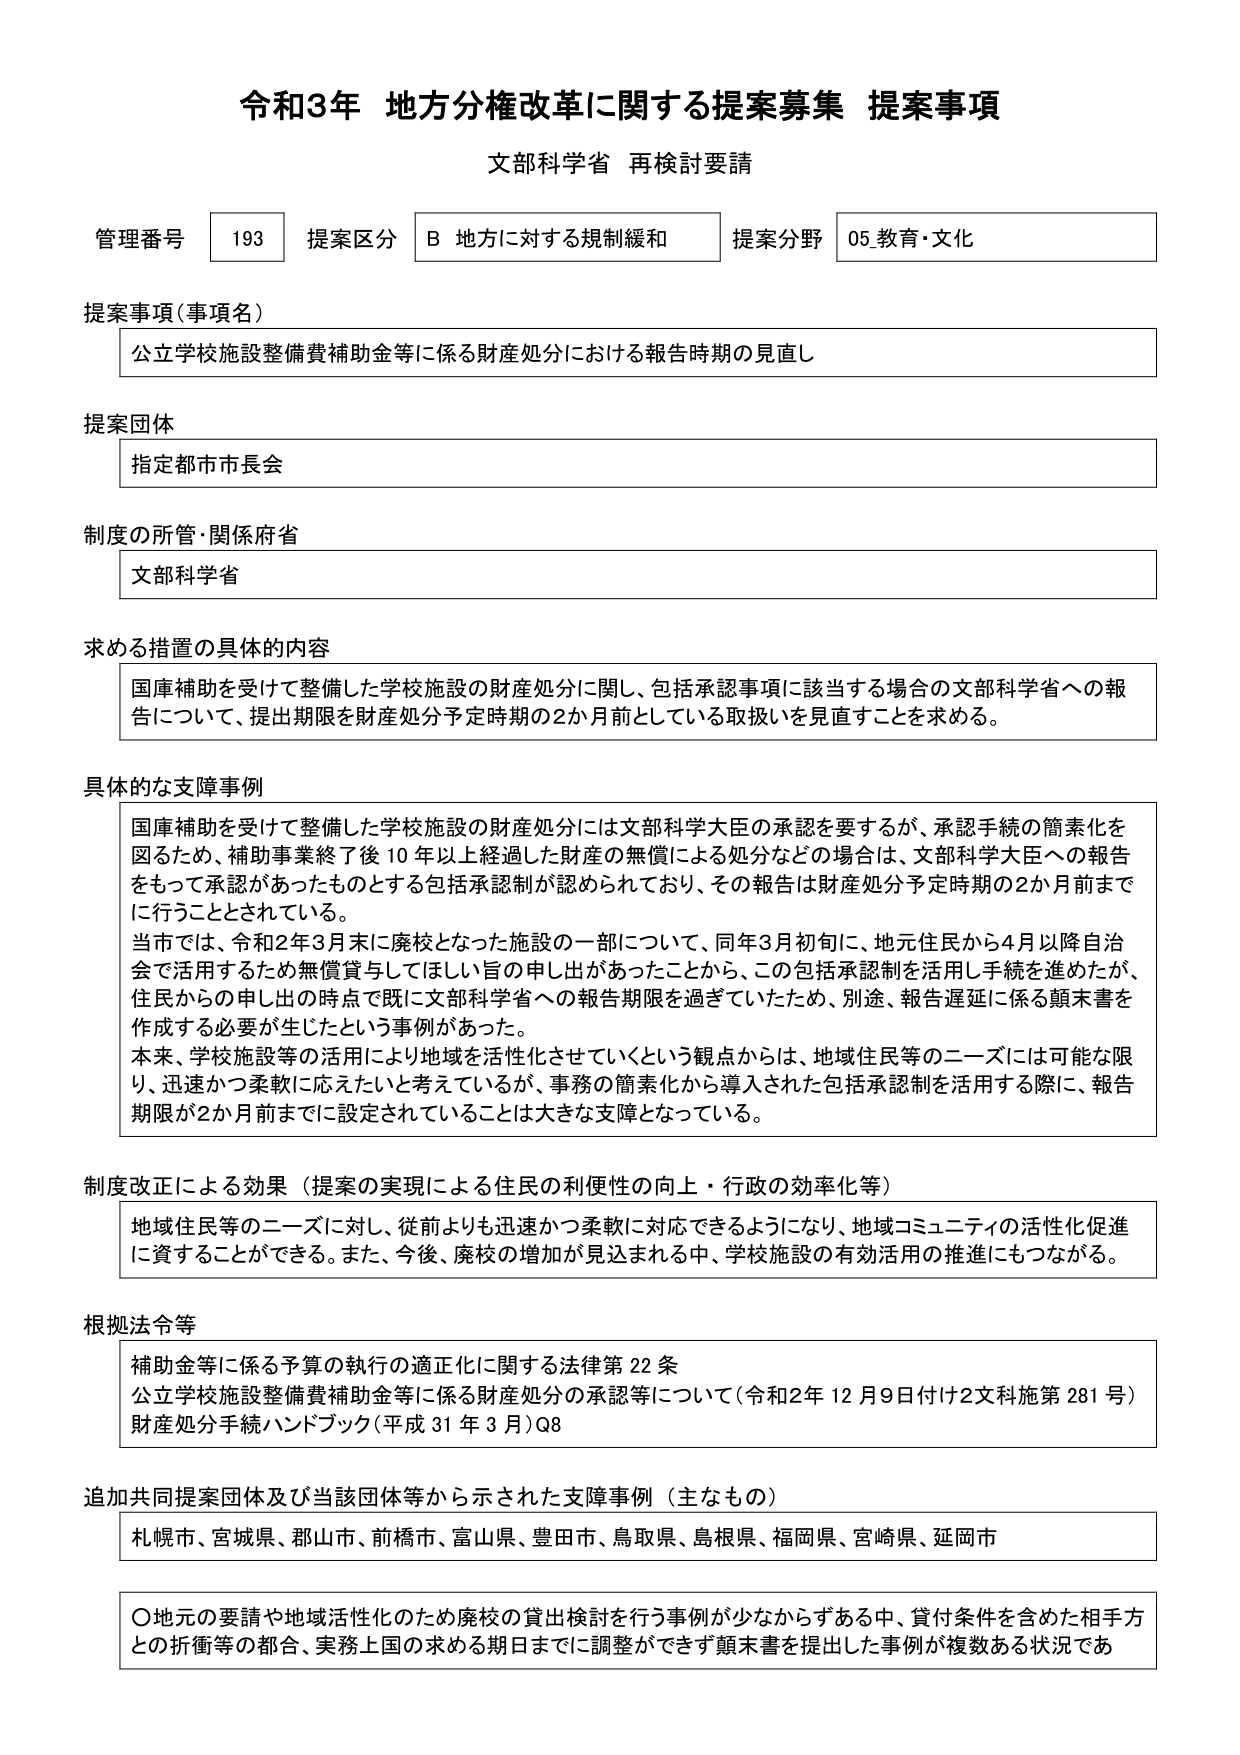
令和3年 地方分権改革に関する提案募集 提案事項
文部科学省 再検討要請

管理番号 193 提案区分 B 地方に対する規制緩和 提案分野 05.教育・文化

提案事項（事項名）
公立学校施設整備費補助金等に係る財産処分における報告時期の見直し

提案団体
指定都市市長会

制度の所管・関係府省
文部科学省

求める措置の具体的な内容
国庫補助を受けて整備した学校施設の財産処分に関し、包括承認事項に該当する場合の文部科学省への報告について、提出期限を財産処分予定時期の2か月前としている取扱いを見直すことを求める。

具体的な支障事例
国庫補助を受けて整備した学校施設の財産処分には文部科学大臣の承認を要するが、承認手続の簡素化を図るため、補助事業終了後10年以上経過した財産の無償による処分などの場合は、文部科学大臣への報告をもって承認があったものとする包括承認制が認められており、その報告は財産処分予定時期の2か月前までに行うこととされている。
当市では、令和2年3月末に廃校となった施設の一部について、同年3月初旬に、地元住民から4月以降自治会で活用するため無償貸与してほしい旨の申し出があったことから、この包括承認制を活用し手続を進めたが、住民からの申し出の時点で既に文部科学省への報告期限を過ぎていたため、別途、報告遅延に係る顛末書を作成する必要が生じたという事例があった。
本来、学校施設等の活用により地域を活性化させていくという観点からは、地域住民等のニーズには可能な限り、迅速かつ柔軟に応えたいと考えているが、事務の簡素化から導入された包括承認制を活用する際に、報告期限が2か月前までに設定されていることは大きな支障となっている。

制度改正による効果（提案の実現による住民の利便性の向上・行政の効率化等）
地域住民等のニーズに対し、従前よりも迅速かつ柔軟に対応できるようになり、地域コミュニティの活性化促進に資することができる。また、今後、廃校の増加が見込まれる中、学校施設の有効活用の推進にもつながる。

根拠法令等
補助金等に係る予算の執行の適正化に関する法律第22条
公立学校施設整備費補助金等に係る財産処分の承認等について（令和2年12月9日付け2文科施第281号）
財産処分手続ハンドブック（平成31年3月）Q8

追加共同提案団体及び当該団体等から示された支障事例（主なもの）
札幌市、宮城県、郡山市、前橋市、富山県、豊田市、鳥取県、島根県、福岡県、宮崎県、延岡市

〇地元の要請や地域活性化のため廃校の貸出検討を行う事例が少なからずある中、貸付条件を含めた相手方との折衝等の都合、実務上国の求める期日までに調整ができず顛末書を提出した事例が複数ある状況であ